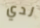
لدي